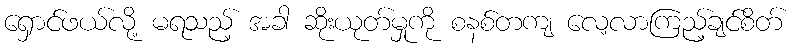
ရှောင်ဖယ်လို့ မရသည့် အခါ ဆိုးယုတ်မှုကို စနစ်တကျ လေ့လာကြည့်ချင်စိတ်